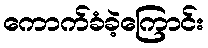
ကောက်ခံခဲ့ကြောင်း